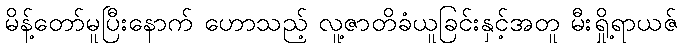
မိန့်တော်မူပြီးနောက် ဟောသည့် လူ့ဇာတိခံယူခြင်းနှင့်အတူ မီးရှို့ရာယဇ်